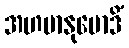
အဟမာနုမောဒိံ